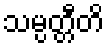
သမ္ပတ္တီတိ